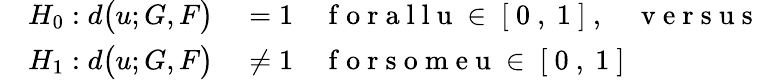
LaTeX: \begin{array}{rl}{H_{0}:d\bigl(u;G,F\bigl)}&{{}=1\quad\mathrm{~f~o~r~a~l~l~u~\in~[~0~,~1~]~},\quad\mathrm{~v~e~r~s~u~s~}}\\ {\quad H_{1}:d\bigl(u;G,F\bigl)}&{{}\neq 1\quad\mathrm{~f~o~r~s~o~m~e~u~\in~[~0~,~1~]~}}\end{array}